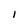
Character: I